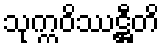
သုက္ကဝိဿဋ္ဌီတိ